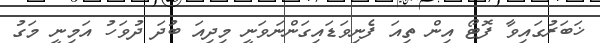
ޚަބަރުގައިވާ ފޮޓޯ އިން ތިއަ ފެނިވަޑައިގަންނަވަނީ މިދިއަ ބުދަ ދުވަހު އަމިނީ މަގު